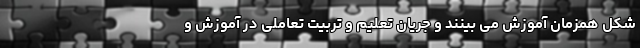
شکل همزمان آموزش می بینند و جریان تعلیم و تربیت تعاملی در آموزش و